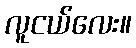
လူငယ်လေး။